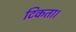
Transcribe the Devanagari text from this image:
टिकता।